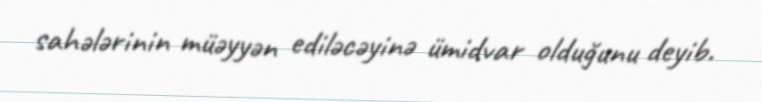
sahələrinin müəyyən ediləcəyinə ümidvar olduğunu deyib.